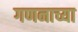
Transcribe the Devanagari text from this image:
गणनाच्या